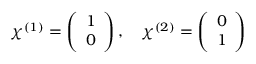
\chi ^ { ( 1 ) } = \left( \begin{array} { c } { { 1 } } \\ { { 0 } } \end{array} \right) , \ \ \ \chi ^ { ( 2 ) } = \left( \begin{array} { c } { { 0 } } \\ { { 1 } } \end{array} \right)